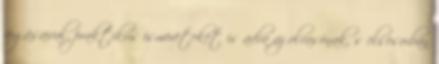
fogásaival, praktikus ismereteket is adva az olvasónak, s elsôsorban